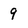
Character: 9